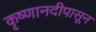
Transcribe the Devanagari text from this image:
कृष्णानदीपासून